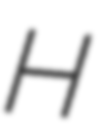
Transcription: H